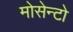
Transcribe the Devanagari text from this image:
मोसेन्टो